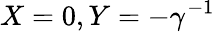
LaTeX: X=0,Y=-\gamma^{-1}